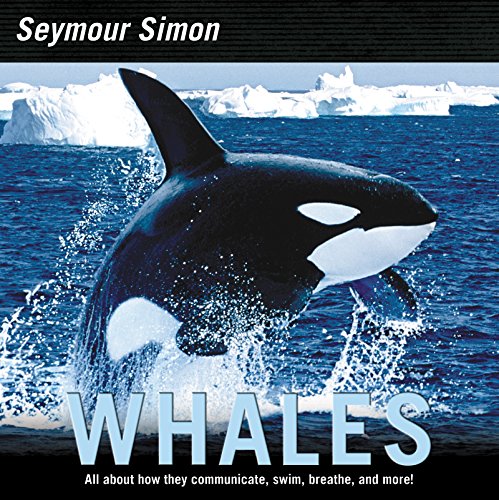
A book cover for Whales; Seymour Simon; Children's Books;